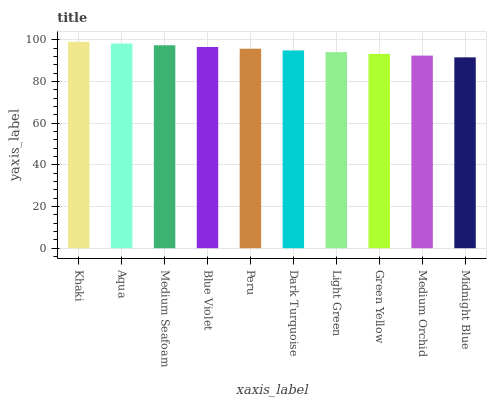
| xaxis_label | bars |
 | --- | --- |
 | Khaki | 99 |
 | Aqua | 98.2 |
 | Medium Seafoam | 97.3 |
 | Blue Violet | 96.5 |
 | Peru | 95.7 |
 | Dark Turquoise | 94.9 |
 | Light Green | 94 |
 | Green Yellow | 93.2 |
 | Medium Orchid | 92.4 |
 | Midnight Blue | 91.6 |